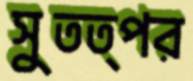
সুতত্পর